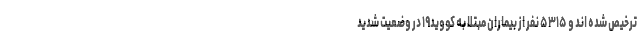
ترخیص شده اند و ۵۳۱۵ نفر از بیماران مبتلا به کووید۱۹ در وضعیت شدید